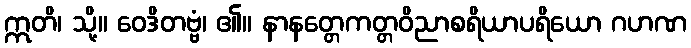
ဣတိ၊ သို့။ ဝေဒိတဗ္ဗံ၊ ၏။ နာနတ္တေကတ္တဝိညာစရိယာပရိယော ဂဟဏ